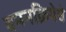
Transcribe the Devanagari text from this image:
वमनक्रियेचे